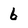
Character: 6